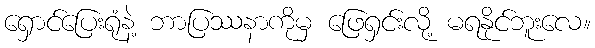
ရှောင်ပြေးရုံနဲ့ ဘာပြဿနာကိုမှ ဖြေရှင်းလို့ မရနိုင်ဘူးလေ။